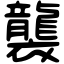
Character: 襲